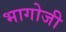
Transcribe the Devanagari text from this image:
भागोजी